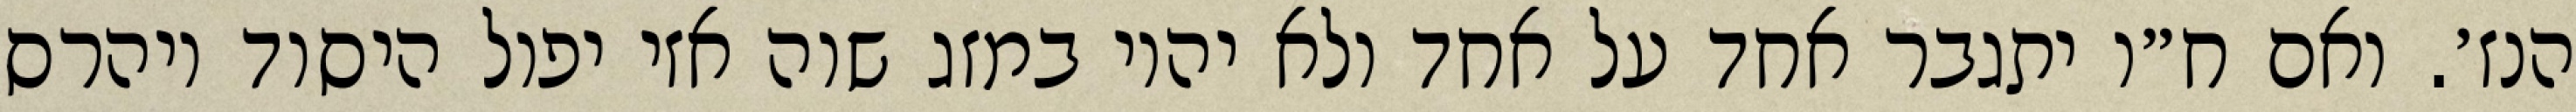
הנז׳. ואם ח״ו יתגבר אחד על אחד ולא יהיו במזג שוה אזי יפול היסוד ויהרס